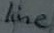
Text: line